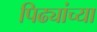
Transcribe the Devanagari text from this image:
पिढ्यांच्‍या